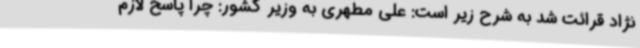
نژاد قرائت شد به شرح زیر است: علی مطهری به وزیر کشور: چرا پاسخ لازم